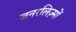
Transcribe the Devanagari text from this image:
जनरलिज़्मों